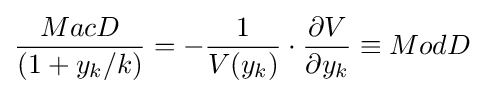
{\frac {MacD}{(1+y_{k}/k)}}=-{\frac {1}{V(y_{k})}}\cdot {\frac {\partial V}{\partial y_{k}}}\equiv ModD